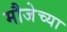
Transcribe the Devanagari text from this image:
मौजेच्या